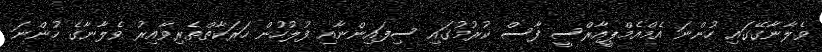
ވެލާނާގޭގައި ހުންނަ އެމްއެމްޕީއާރްސީ ފާސް ކުރުމުގައި ސިފައިންނާއި ފުލުހުން ހަރަކާތްތެރިވާއިރު ވެލާނާގެ ހުންނަ